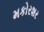
મકોરશર